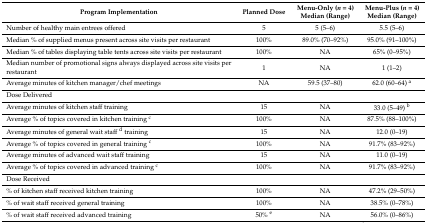
<table><thead><tr><td><b>Program Implementation</b></td><td><b>Planned Dose</b></td><td><b>Menu-Only (<i>n</i> = 4)Median (Range)</b></td><td><b>Menu-Plus (<i>n</i> = 4)Median (Range)</b></td></tr></thead><tbody><tr><td>Number of healthy main entrees offered</td><td>5</td><td>5 (5–6)</td><td>5.5 (5–6)</td></tr><tr><td>Median % of supplied menus present across site visits per restaurant</td><td>100%</td><td>89.0% (70–92%)</td><td>95.0% (91–100%)</td></tr><tr><td>Median % of tables displaying table tents across site visits per restaurant</td><td>100%</td><td>NA</td><td>65% (0–95%)</td></tr><tr><td>Median number of promotional signs always displayed across site visits per restaurant</td><td>1</td><td>NA</td><td>1 (1–2)</td></tr><tr><td>Average minutes of kitchen manager/chef meetings</td><td>NA</td><td>59.5 (37–80)</td><td>62.0 (60–64) <sup>a</sup></td></tr><tr><td>Dose Delivered</td><td></td><td></td><td></td></tr><tr><td>Average minutes of kitchen staff training</td><td>15</td><td>NA</td><td>33.0 (5–49) <sup>b</sup></td></tr><tr><td>Average % of topics covered in kitchen training <sup>c</sup></td><td>100%</td><td>NA</td><td>87.5% (88–100%)</td></tr><tr><td>Average minutes of general wait staff <sup>d</sup> training</td><td>15</td><td>NA</td><td>12.0 (0–19)</td></tr><tr><td>Average % of topics covered in general training <sup>c</sup></td><td>100%</td><td>NA</td><td>91.7% (83–92%)</td></tr><tr><td>Average minutes of advanced wait staff training</td><td>15</td><td>NA</td><td>11.0 (0–19)</td></tr><tr><td>Average % of topics covered in advanced training <sup>c</sup></td><td>100%</td><td>NA</td><td>91.7% (83–92%)</td></tr><tr><td>Dose Received</td><td></td><td></td><td></td></tr><tr><td>% of kitchen staff received kitchen training</td><td>100%</td><td>NA</td><td>47.2% (29–50%)</td></tr><tr><td>% of wait staff received general training</td><td>100%</td><td>NA</td><td>38.5% (0–78%)</td></tr><tr><td>% of wait staff received advanced training</td><td>50% <sup>e</sup></td><td>NA</td><td>56.0% (0–86%)</td></tr></tbody></table>